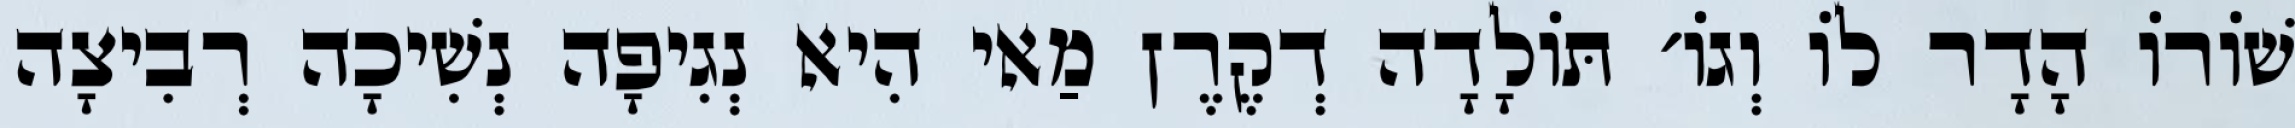
שׁוֹרוֹ הָדָר לוֹ וְגוֹ׳ תּוֹלָדָה דְקֶרֶן מַאי הִיא נְגִיפָה נְשִׁיכָה רְבִיצָה